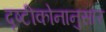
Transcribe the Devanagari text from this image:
दृष्टीकोनानुसार